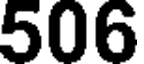
506